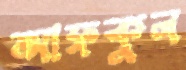
আফকুল